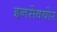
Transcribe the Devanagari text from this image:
इनसेक्योर